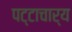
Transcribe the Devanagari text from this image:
पट्टाचार्य